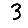
Digit: 3